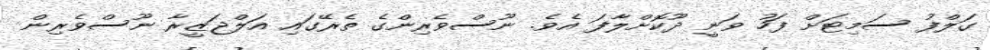
ގަލްފު ސަމިޓަށް ފަހު ވަނީ ދޫކޮށްލާފަ އެވެ. ނޫސްވެރިންގެ ތެރޭގައި އަލްޖަޒީރާ ނޫސްވެރިން